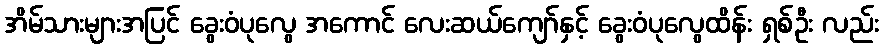
အိမ်သားများအပြင် ခွေးဝံပုလွေ အကောင် လေးဆယ်ကျော်နှင့် ခွေးဝံပုလွေထိန်း ရှစ်ဦး လည်း